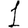
Digit: 1